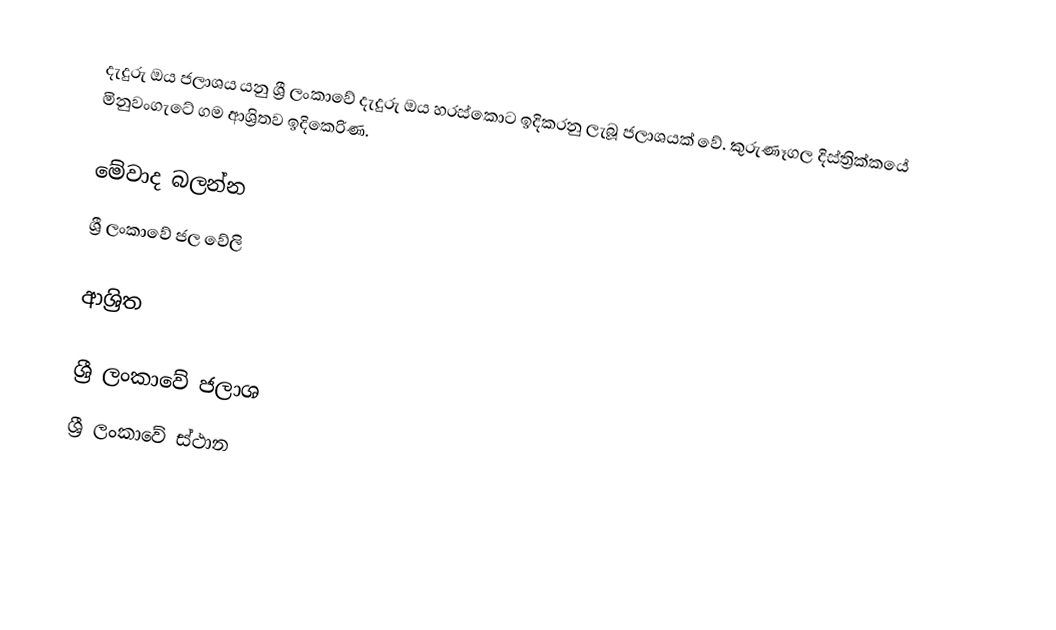
දැදුරු ඔය ජලාශය යනු ශ්‍රී ලංකාවේ දැදුරු ඔය හරස්කොට ඉදිකරනු ලැබූ ජලාශයක් වේ. කුරුණෑගල දිස්ත්‍රික්කයේ මිනුවංගැටේ ගම ආශ්‍රිතව ඉදිකෙරිණ.

මේවාද බලන්න
 ශ්‍රී ලංකාවේ ජල වේලි

ආශ්‍රිත

ශ්‍රී ලංකාවේ ජලාශ
ශ්‍රී ලංකාවේ ස්ථාන